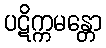
ပဋိက္ကမန္တော